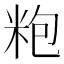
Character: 𱸹